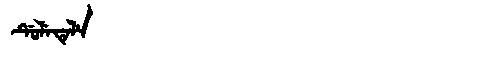
Manchu: ᡩᡠᠯᡝᡨᡝᠯᡝ
Romanization: DULETELE